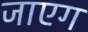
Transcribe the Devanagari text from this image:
जाएग